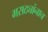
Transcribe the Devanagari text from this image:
मराठ्यांनाच